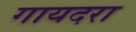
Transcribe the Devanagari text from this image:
गायदरा